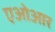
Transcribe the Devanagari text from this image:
एओआर